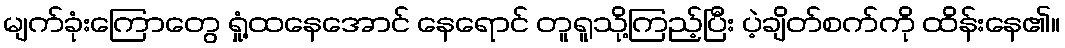
မျက်ခုံးကြောတွေ ရှုံ့ထနေအောင် နေရောင် တူရူသို့ကြည့်ပြီး ပဲ့ချိတ်စက်ကို ထိန်းနေ၏။